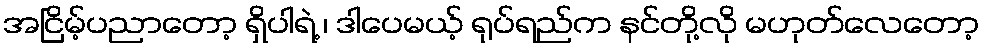
အငြိမ့်ပညာတော့ ရှိပါရဲ့ ၊ ဒါပေမယ့် ရုပ်ရည်က နင်တို့လို မဟုတ်လေတော့